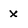
Character: x